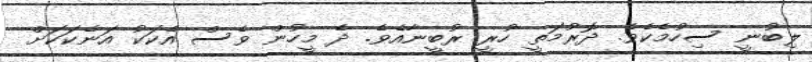
ލިބުނީ ސިހުމެކެވެ. ދޮރުމަތީ ހުރީ ރުބީނާއެވެ. ދެ މީހުން ވެސް އެކަކު އަނެކަކަށް